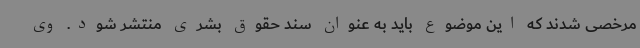
مرخصی شدند که این موضوع باید به عنوان سند حقوق بشری منتشر شود. وی